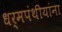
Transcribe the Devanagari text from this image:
धर्मपंथीयांना